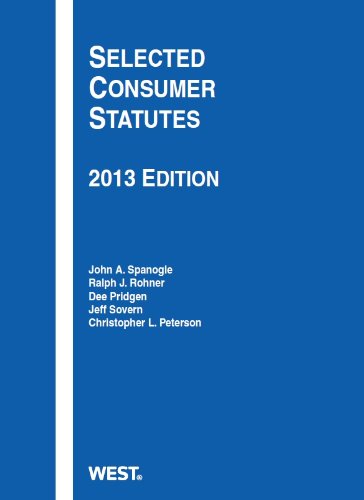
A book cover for Selected Consumer Statutes, 2013 (Selected Statutes); John Spanogle; Law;